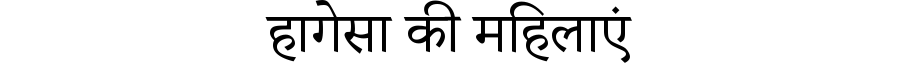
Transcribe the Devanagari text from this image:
हागेसा की महिलाएं